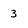
Character: 3